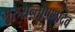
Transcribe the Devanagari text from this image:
गुरुसन्तोषणादेव